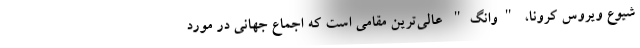
شیوع ویروس کرونا، "وانگ" عالی‌ترین مقامی است که اجماع جهانی در مورد